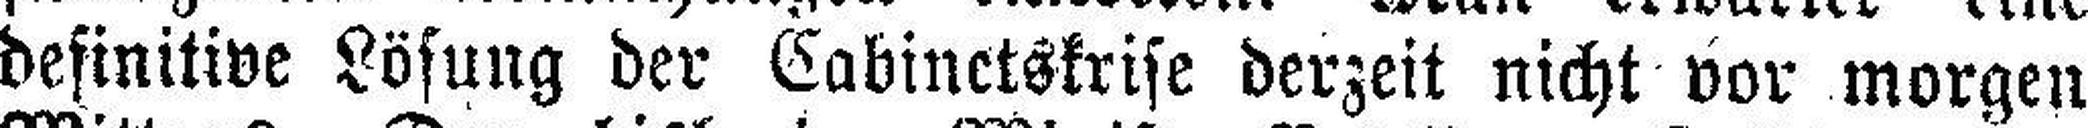
definitive Lösung der Eabinctskrise derzeit nicht vor morgen